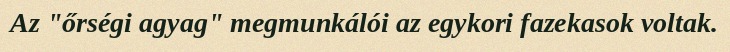
Az "őrségi agyag" megmunkálói az egykori fazekasok voltak.